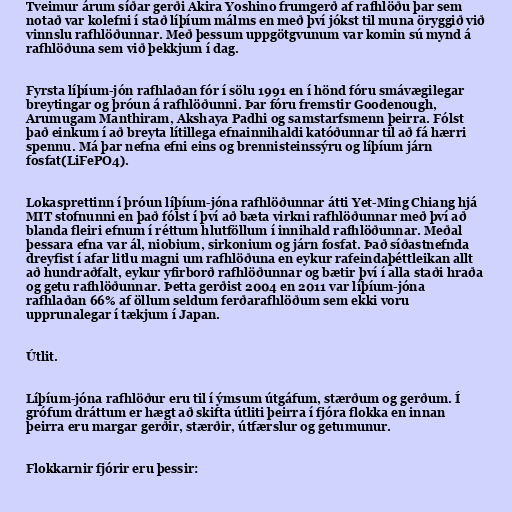
Tveimur árum síðar gerði Akira Yoshino frumgerð af rafhlöðu þar sem
notað var kolefni í stað líþíum málms en með því jókst til muna öryggið við
vinnslu rafhlöðunnar. Með þessum uppgötgvunum var komin sú mynd á
rafhlöðuna sem við þekkjum í dag.

Fyrsta líþíum-jón rafhlaðan fór í sölu 1991 en í hönd fóru smávægilegar
breytingar og þróun á rafhlöðunni. Þar fóru fremstir Goodenough,
Arumugam Manthiram, Akshaya Padhi og samstarfsmenn þeirra. Fólst
það einkum í að breyta lítillega efnainnihaldi katóðunnar til að fá hærri
spennu. Má þar nefna efni eins og brennisteinssýru og líþíum járn
fosfat(LiFePO4).

Lokasprettinn í þróun líþíum-jóna rafhlöðunnar átti Yet-Ming Chiang hjá
MIT stofnunni en það fólst í því að bæta virkni rafhlöðunnar með því að
blanda fleiri efnum í réttum hlutföllum í innihald rafhlöðunnar. Meðal
þessara efna var ál, niobium, sirkonium og járn fosfat. Það síðastnefnda
dreyfist í afar litlu magni um rafhlöðuna en eykur rafeindaþéttleikan allt
að hundraðfalt, eykur yfirborð rafhlöðunnar og bætir því í alla staði hraða
og getu rafhlöðunnar. Þetta gerðist 2004 en 2011 var líþíum-jóna
rafhlaðan 66% af öllum seldum ferðarafhlöðum sem ekki voru
upprunalegar í tækjum í Japan.

Útlit.

Líþíum-jóna rafhlöður eru til í ýmsum útgáfum, stærðum og gerðum. Í
grófum dráttum er hægt að skifta útliti þeirra í fjóra flokka en innan
þeirra eru margar gerðir, stærðir, útfærslur og getumunur.

Flokkarnir fjórir eru þessir: